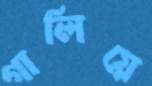
গালিয়ে